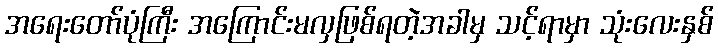
အရေးတော်ပုံကြီး အကြောင်းမလှဖြစ်ရတဲ့အခါမှ သင့်ရာမှာ သုံးလေးနှစ်